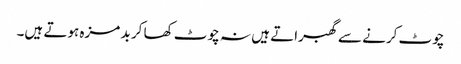
چوٹ کرنے سے گھبراتے ہیں نہ چوٹ کھا کر بد مزہ ہوتے ہیں۔